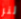
لنر